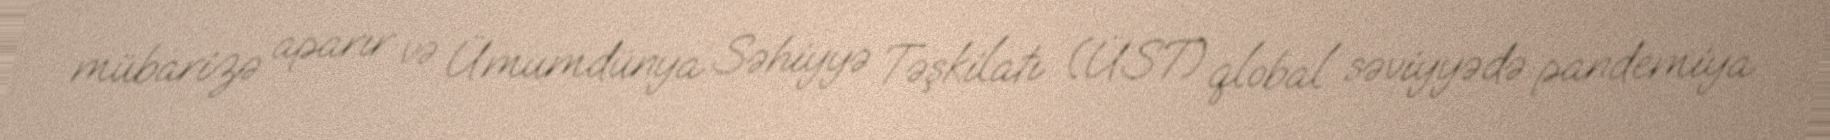
mübarizə aparır və Ümumdünya Səhiyyə Təşkilatı (ÜST) qlobal səviyyədə pandemiya